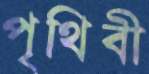
পৃথিবী